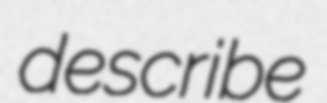
describe